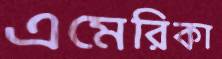
এমেরিকা